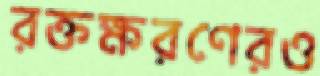
রক্তক্ষরণেরও